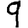
Digit: 9